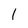
Character: l